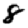
Digit: 8